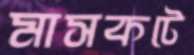
মাসকটে